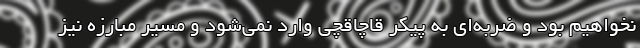
نخواهیم بود و ضربه‌ای به پیکر قاچاقچی وارد نمی‌شود و مسیر مبارزه نیز